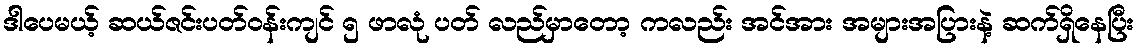
ဒါပေမယ့် ဆယ်ဇင်းပတ်ဝန်းကျင် ၅ ဖာလုံ ပတ် လည်မှာတော့ ကလည်း အင်အား အများအပြားနဲ့ ဆက်ရှိနေပြီး